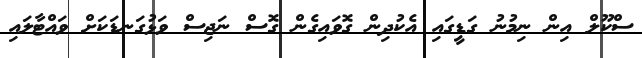
ސްކޫލް އިން ނިމުނު ގަޑީގައި އެކުދިން ގޮވައިގެން ގޮސް ނަޖިސް ވަޅުގަނޑަކަށް ވައްޓާލައި